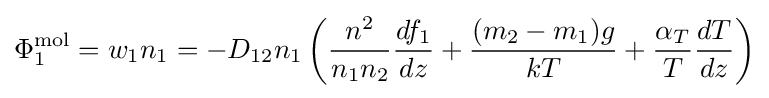
\Phi _{1}^{\text{mol}}=w_{1}n_{1}=-D_{12}n_{1}\left({\frac {n^{2}}{n_{1}n_{2}}}{\frac {df_{1}}{dz}}+{\frac {(m_{2}-m_{1})g}{kT}}+{\frac {\alpha _{T}}{T}}{\frac {dT}{dz}}\right)